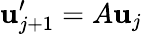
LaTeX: \mathbf{u}_{j+1}^{\prime}=A\mathbf{u}_{j}